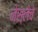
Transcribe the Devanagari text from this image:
नेस्लेचे